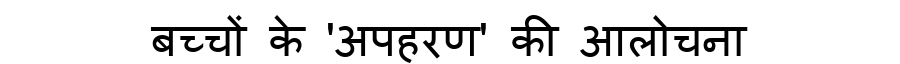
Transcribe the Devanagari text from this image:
बच्चों के 'अपहरण' की आलोचना